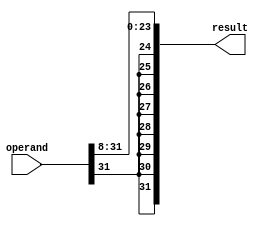
module shiftr8(operand, result);
	input [31:0] operand;
	output [31:0] result;
	
	assign result[23:0] = operand[31:8];
	assign result[31] = operand[31];
	assign result[30] = operand[31];	
	assign result[29] = operand[31];
	assign result[28] = operand[31];	
	assign result[27] = operand[31];
	assign result[26] = operand[31];	
	assign result[25] = operand[31];
	assign result[24] = operand[31];	
	
endmodule